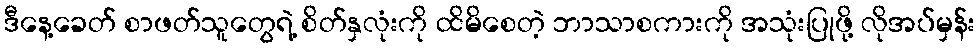
ဒီနေ့ခေတ် စာဖတ်သူတွေရဲ့ စိတ်နှလုံးကို ထိမိစေတဲ့ ဘာသာစကားကို အသုံးပြုဖို့ လိုအပ်မှန်း